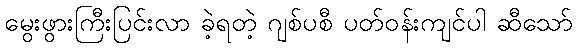
မွေးဖွားကြီးပြင်းလာ ခဲ့ရတဲ့ ဂျစ်ပစီ ပတ်ဝန်းကျင်ပါ ဆီသော်